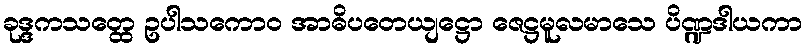
ခုဒ္ဒကသတ္ထေ ဥပါသကောဝ အာဓိပတေယျဋ္ဌော ဇေဋ္ဌမူလမာသေ ပိဏ္ဍဒါယကာ